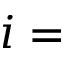
i =